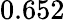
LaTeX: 0.652